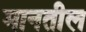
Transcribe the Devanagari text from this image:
मानतील